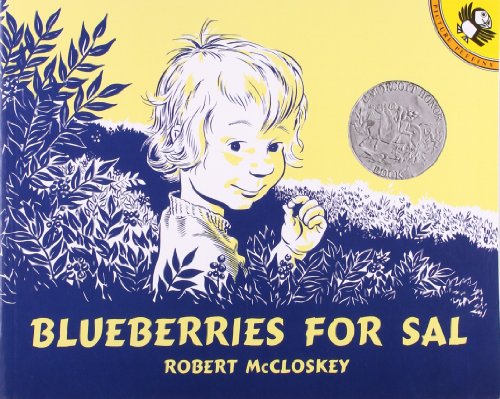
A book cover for Blueberries for Sal; Pearson Early Learning Group; Children's Books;